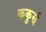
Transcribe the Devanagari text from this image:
ककुर्स